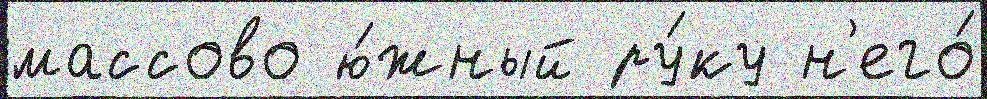
массово ю́жный ру́ку н'его́